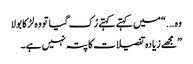
وہ ….“میں کہتے کہتے رُک گیا تو وہ لڑکا بولا
” مجھے زیادہ تفصیلات کا پتہ نہیں ہے۔